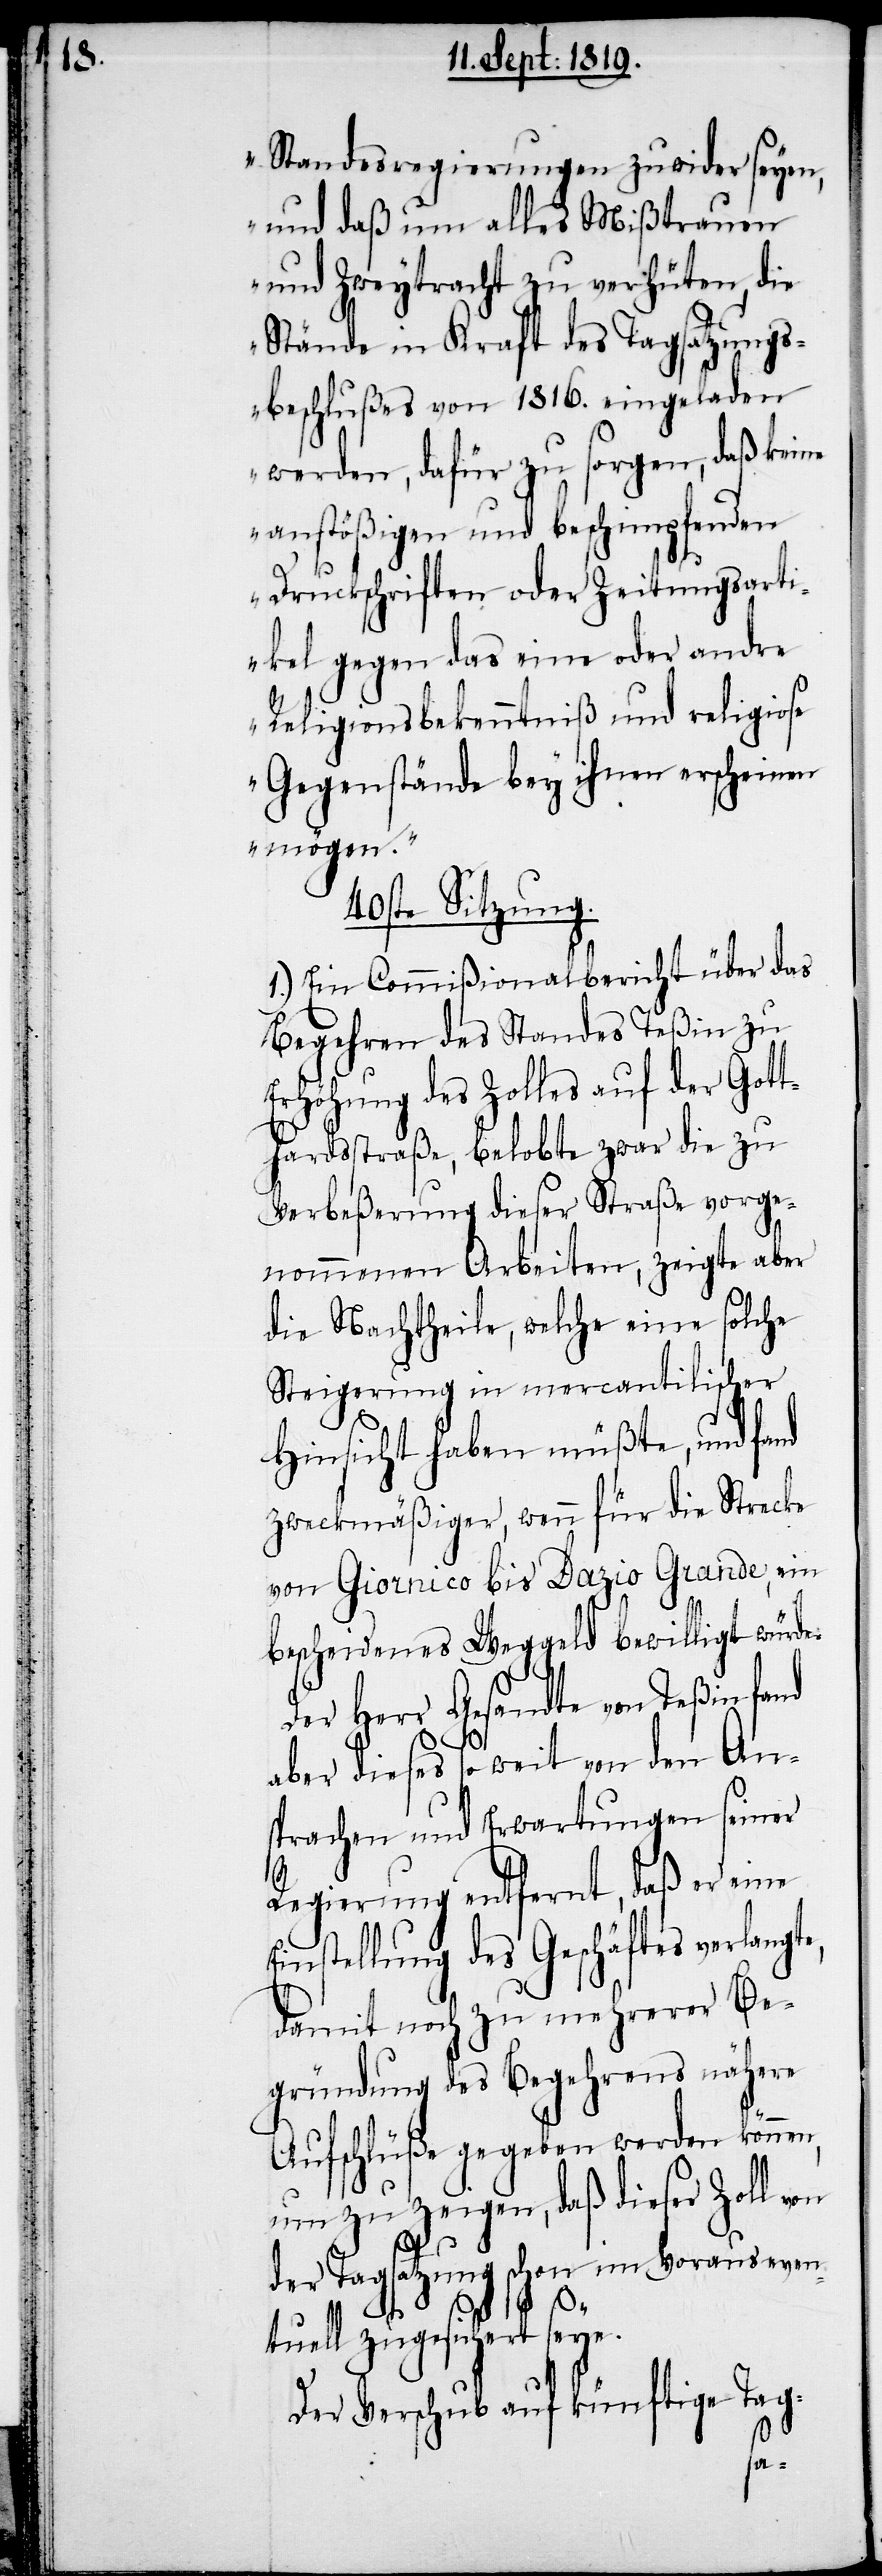
e,

Standesregierungen zuwider seyen,
und daß um alles Mißtrauen
und Zweytracht zu verhüten, die
Stände in Kraft des Tagsatzungs¬
beschlußes von 1816. eingeladen
werden, dafür zu sorgen, daß keine
anstößigen und beschimpfenden
Druckschriften oder Zeitungsarti¬
kel gegen das eine oder andre
Reltgionsbekenntniß und religiose
Gegenstände bey ihnen erscheinen
mögen.“
40ste Sitzung.
1.) Ein Commißionalbericht über das
Begehren des Standes Teßin zu
Erhöhung des Zolles auf der Gott¬
hardsstraße, belobte zwar die zu
Verbeßerung dieser Straße vorge¬
nommenen Arbeiten, zeigte aber
die Nachtheile, welche eine solche
Steigerung in mercantilischer
Hinsicht haben müßte, und fand
zweckmäßiger, wenn für die Strecke
von Giornico bis Dazio Grande, ein
bescheidenes Weggeld bewilligt würde.
Der Herr Gesandte von Teßin fand
aber dieses so weit von den An¬
sprachen und Erwartungen seiner
Regierung entfernt, daß er eine
Einstellung des Geschäftes verlangt¬
damit noch zu mehrerer Be¬
gründung des Begehrens nähere
Aufschlüße gegeben werden können,
um zu zeigen, daß dieser Zoll von
der Tagsatzung schon im Voraus even¬
tuell zugesichert seye.
Der Verschub auf künftige Tag-